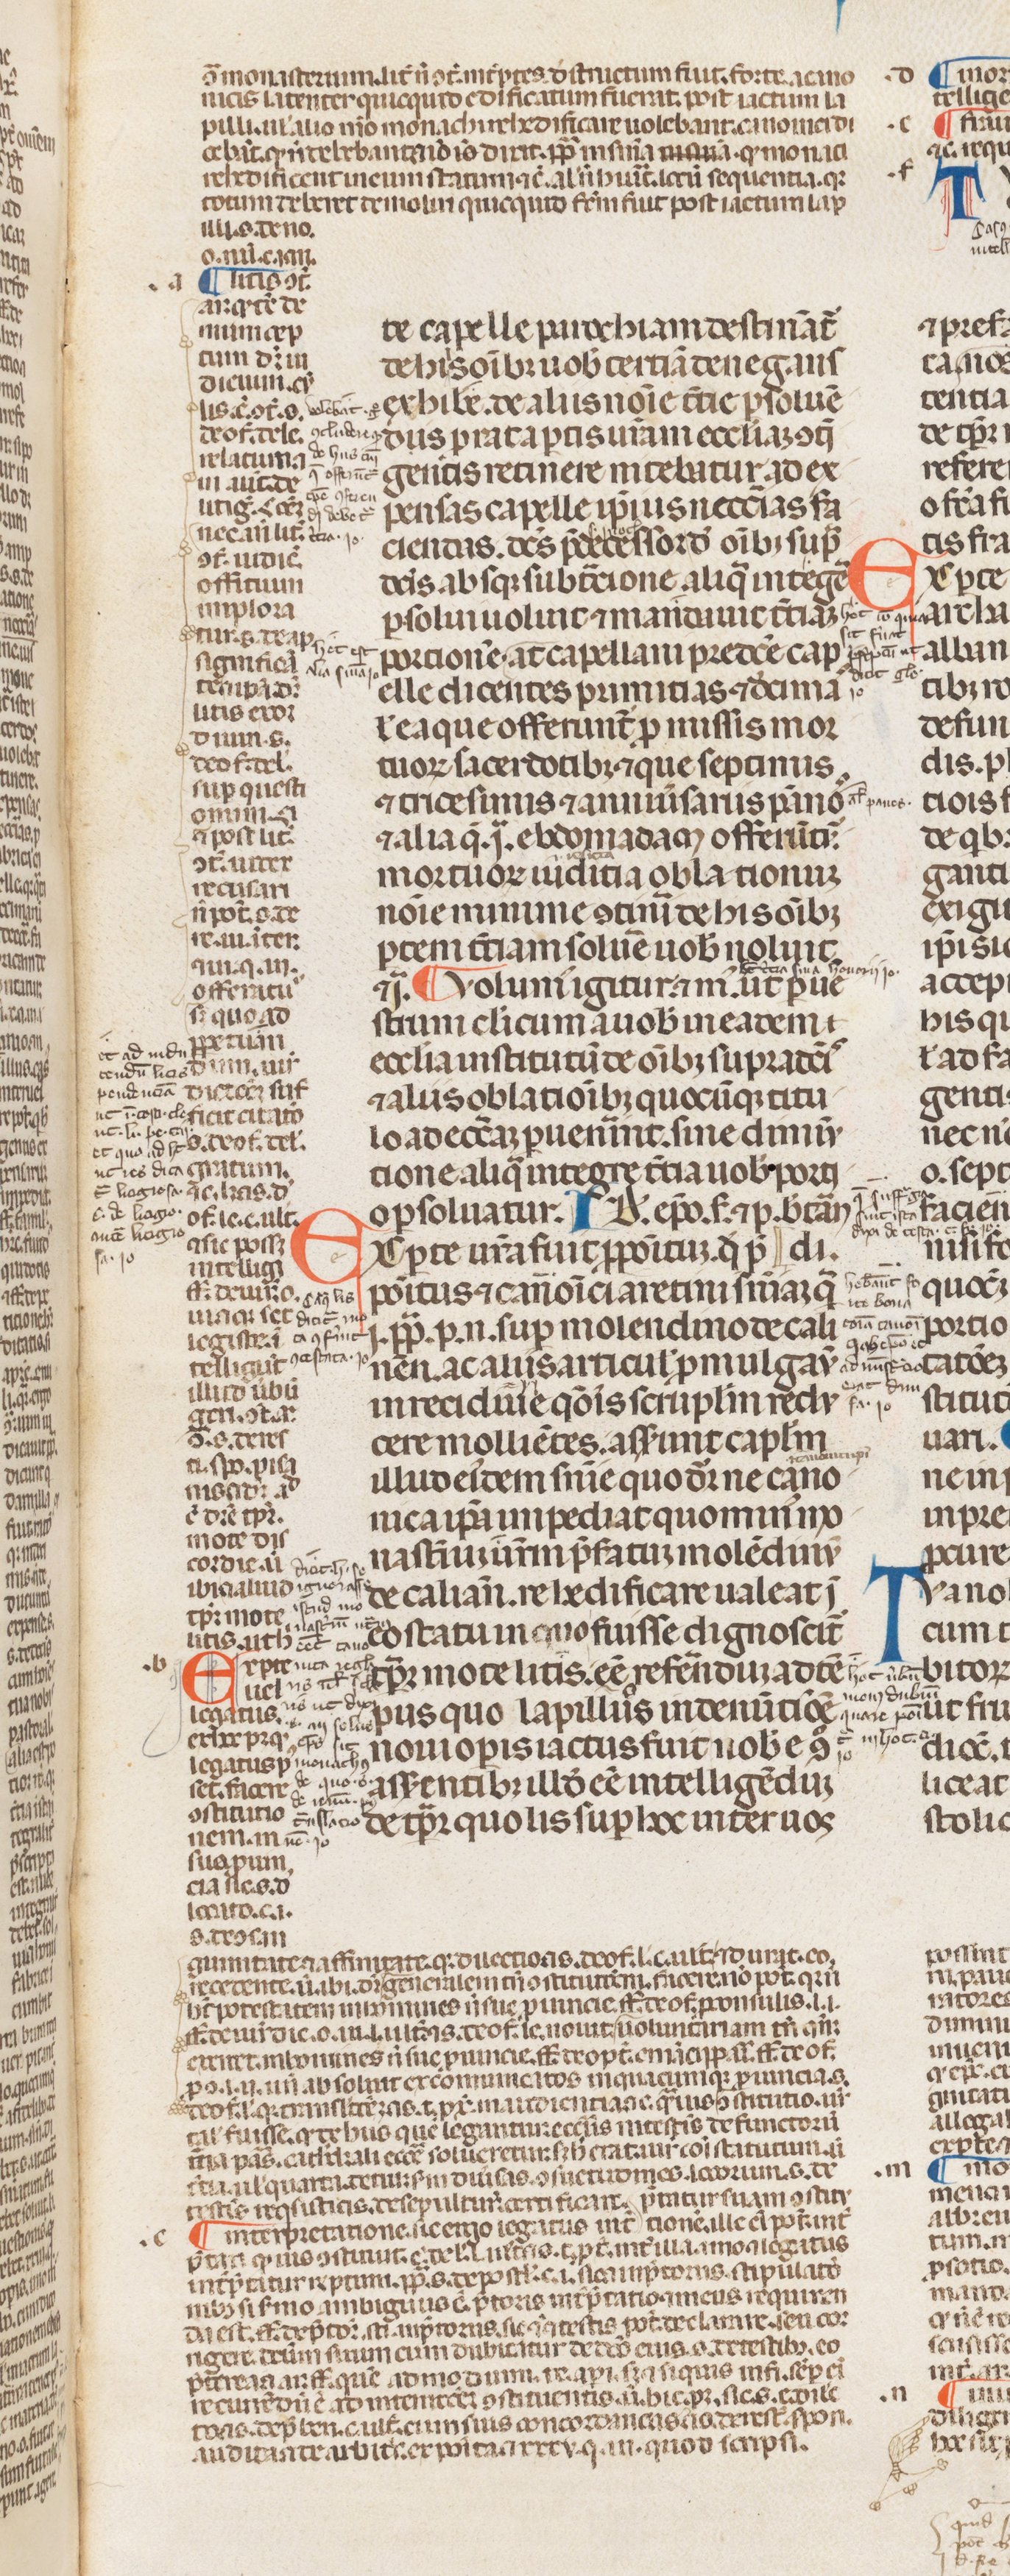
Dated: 1250–1399